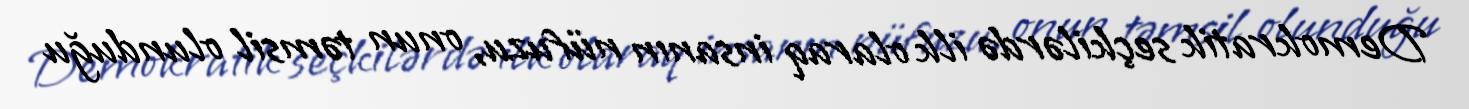
Demokratik seçkilərdə ilk olaraq insanın nüfuzu, onun təmsil olunduğu